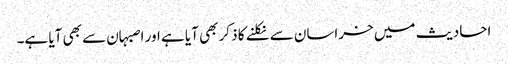
احادیث میں خراسان سے نکلنے کا ذکر بھی آیا ہے اور اصبہان سے بھی آیا ہے۔